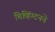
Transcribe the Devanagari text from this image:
चिव्हिंग्टनने